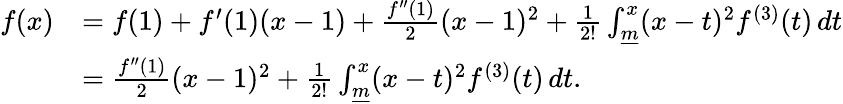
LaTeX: \begin{array}{rl}{f(x)}&{=f(1)+f^{\prime}(1)(x-1)+\frac{f^{\prime\prime}(1)}{2}(x-1)^{2}+\frac{1}{2!}\int_{\underline{{m}}}^{x}(x-t)^{2}f^{(3)}(t)\, dt}\\ &{=\frac{f^{\prime\prime}(1)}{2}(x-1)^{2}+\frac{1}{2!}\int_{\underline{{m}}}^{x}(x-t)^{2}f^{(3)}(t)\, dt.}\end{array}